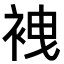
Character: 𧙟